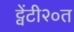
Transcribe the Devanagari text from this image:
ट्वेंटी२०त